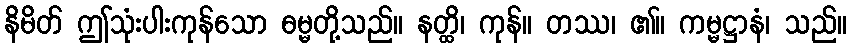
နိမိတ် ဤသုံးပါးကုန်သော ဓမ္မတို့သည်။ နတ္ထိ၊ ကုန်။ တဿ၊ ၏။ ကမ္မဋ္ဌာနံ၊ သည်။